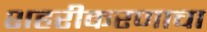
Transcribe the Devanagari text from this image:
शहरीकरणाचा